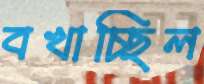
বখাচ্ছিল